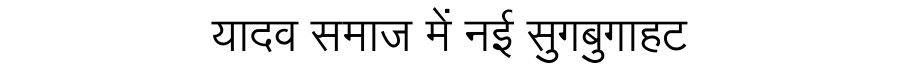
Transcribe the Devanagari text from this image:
यादव समाज में नई सुगबुगाहट